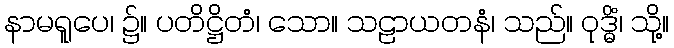
နာမရူပေ၊ ၌။ ပတိဋ္ဌိတံ၊ သော။ သဠာယတနံ၊ သည်။ ဝုဒ္ဓိံ၊ သို့။